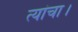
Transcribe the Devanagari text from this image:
त्यांचा।